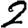
Digit: 2